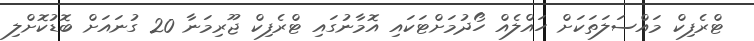
ޓްރެފިކް މައްސަލަތަކަށް ހައްލެއް ހޯދުމަށްޓަކައި އޮމާނުގައި ޓްރެފިކް ޖޫރިމަނާ 20 ގުނައަށް ބޮޑުކޮށްލި